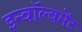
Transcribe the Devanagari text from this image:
इन्वॉल्वमेंट